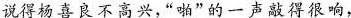
说得杨喜良不高兴,“啪”的一声敲得很响，